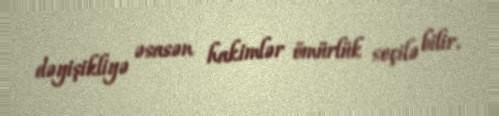
dəyişikliyə əsasən hakimlər ömürlük seçilə bilir.